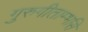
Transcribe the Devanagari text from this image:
गुरुगीताम्भसि